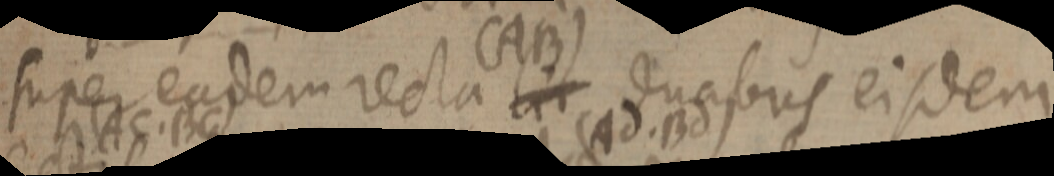
super eadem recta (AB) duabus eisdem